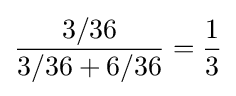
{\frac {3/36}{3/36+6/36}}={\frac {1}{3}}